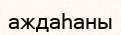
аждаһаны